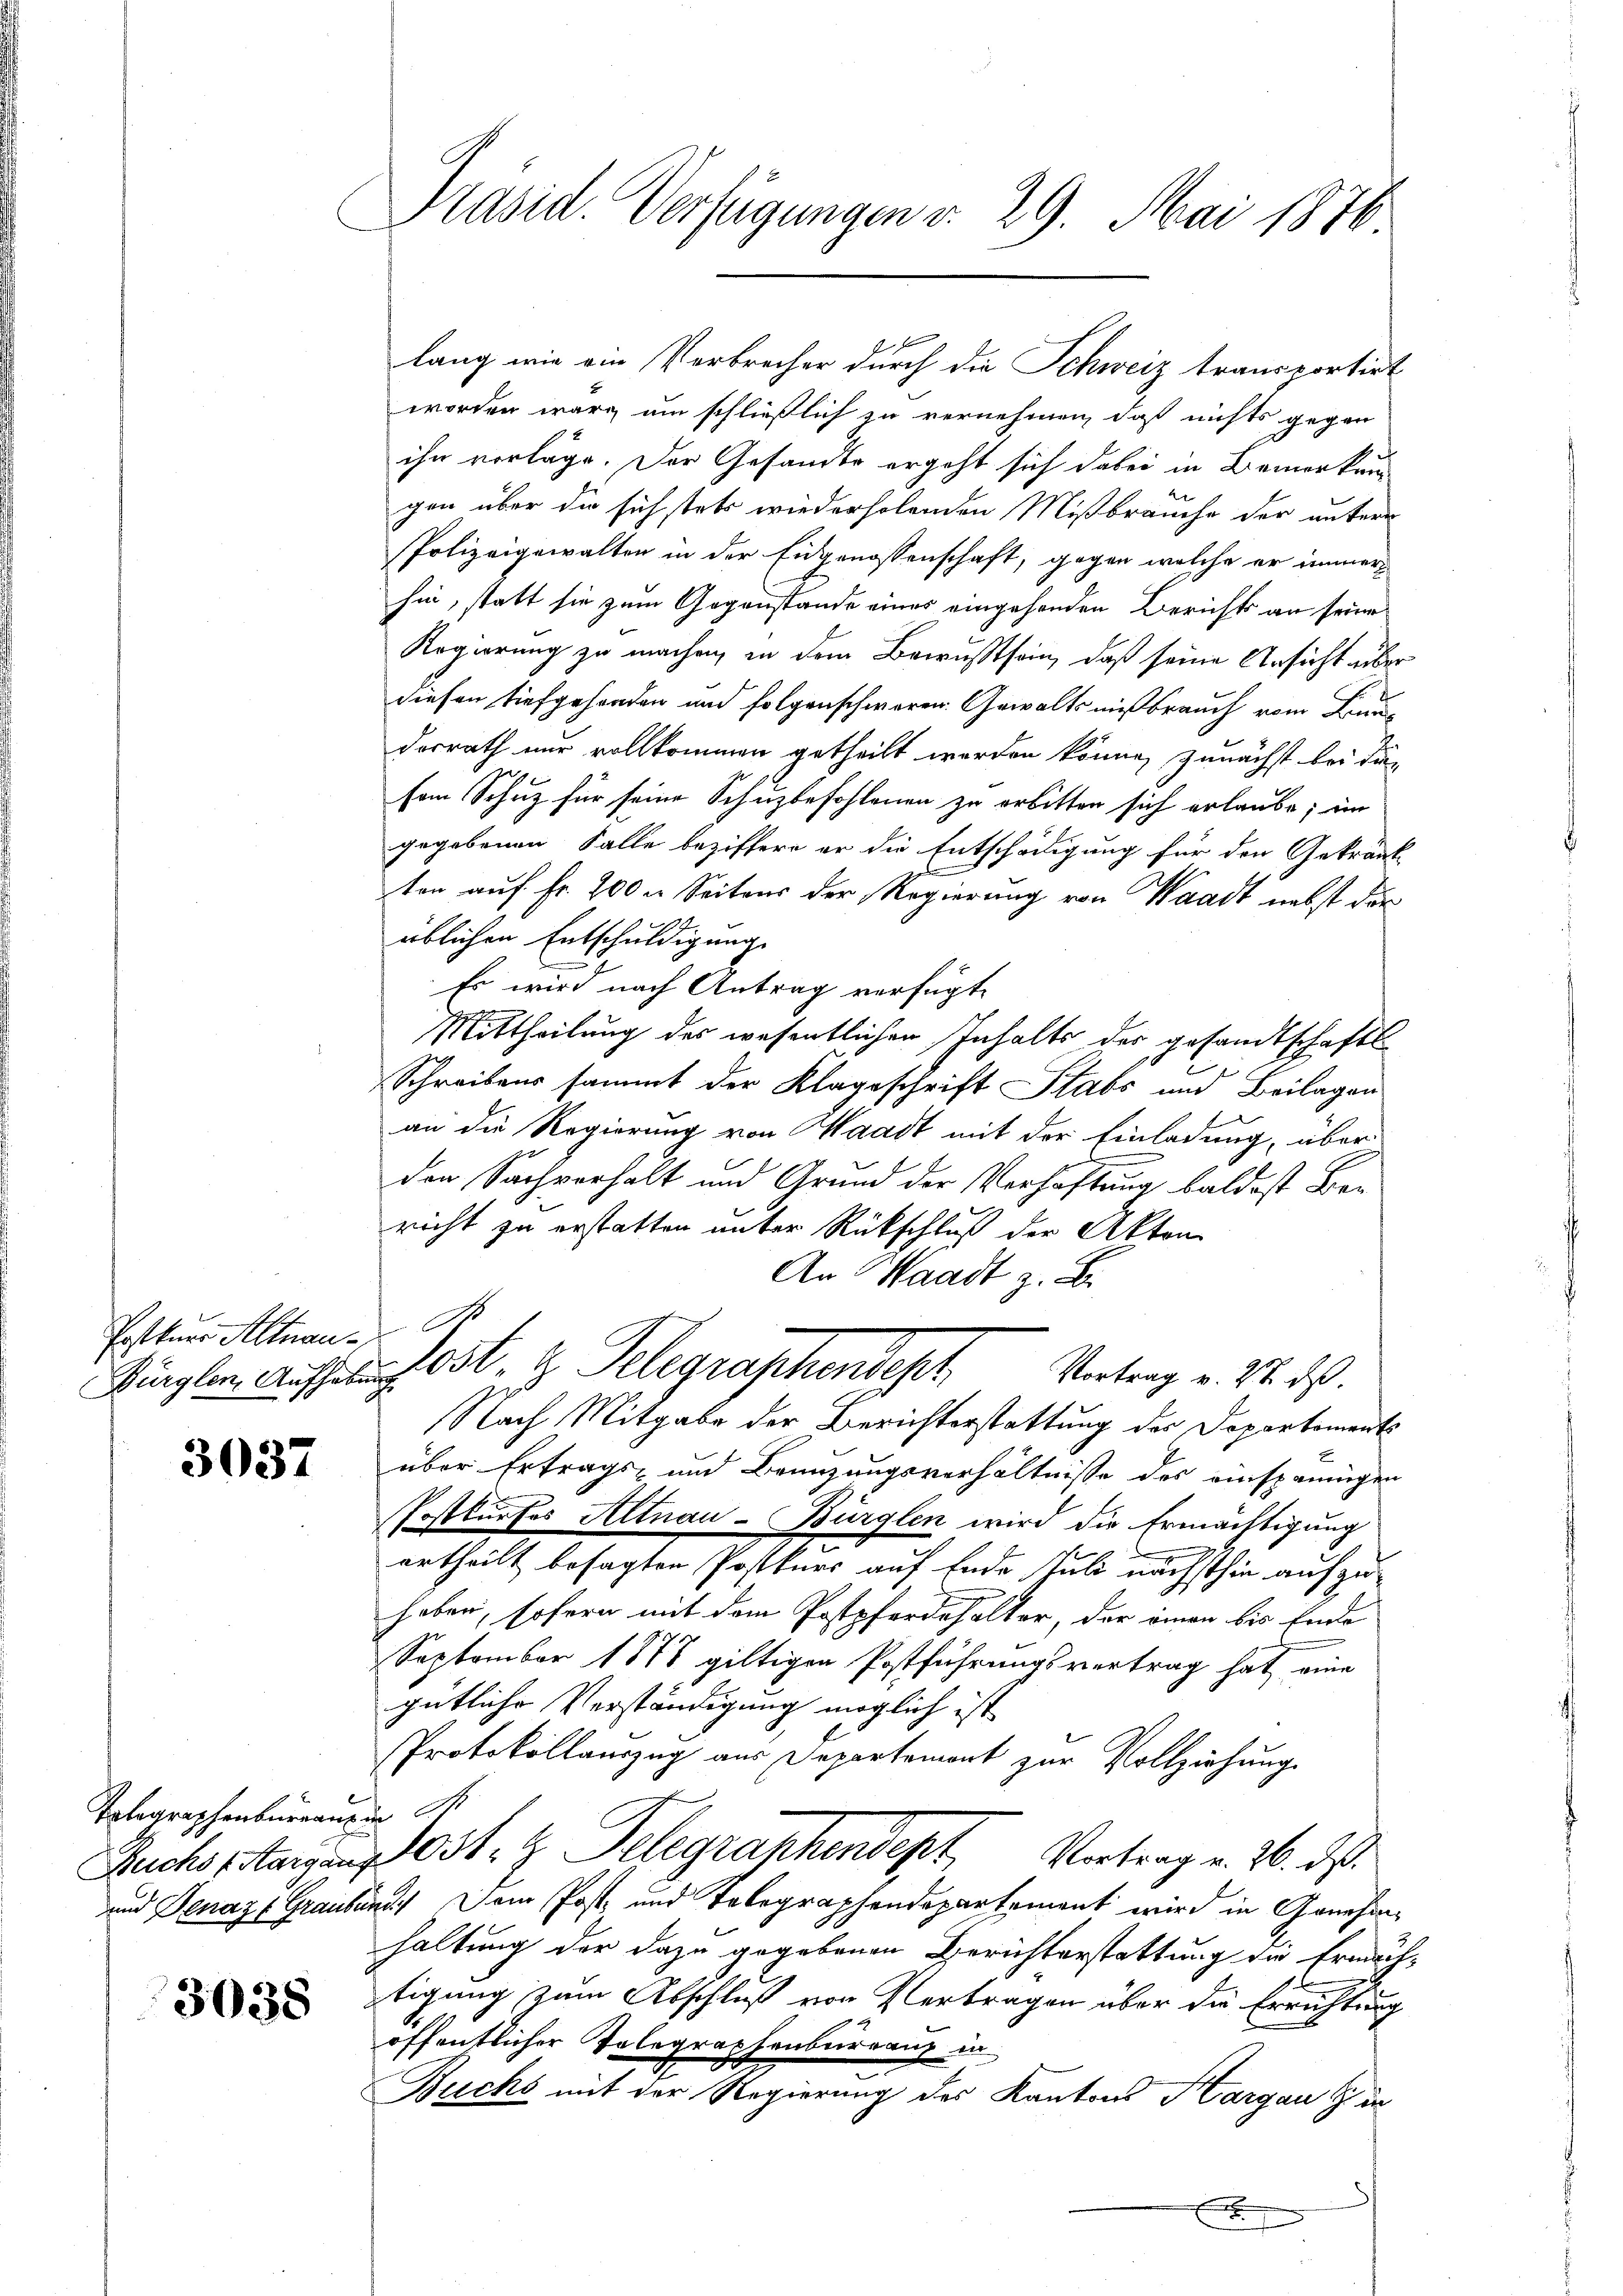
Ersteuer Altnau¬
Bürglen, Aufhabe

3037

Totographenburranz
Buchs (Aargaus
und Denaz Graube

3038

Präsid. Verfügungen v. 29. Mai 1876

lang wie ein Verbrecher durch die Schweiz transportirt
worden war um schließlich zu vernehmen, daß nichts gegen
ihn vorläge. Der Gesandte ergeht sich dabei in Bemerkaugen über die sich stets wiederholenden Mißbrauche der unterr
Polizeigewalten in der Eidgenossenschaft, gegen welche er immer
hin, statt sie zum Gegenstände eines eingehenden Berichts an seine
Regierung zu machen, in dem Bewusstsein, daß seine Ansicht über
diesen tiefgeforden und folgenschweren Gewalts mißbrauch vom Bundorrath nur vollkommen getheilt werden könne, zunächst bei di
sem Schuz für seine Schuzbefohlenen zu erbitten sich erlaube, im
gegebenen Falle beziffern er die Entschädigung für den Gekränk
ten auf Fr. 200 u. Seitens der Regierung von Waadt nebst der
üblichen Entschuldigung
Es wird nach Antrag verfügt,
Mittheilung des wesentlichen Inhalts der gesandtschaftl
Schreibens sammt der Klageschrift Stabs und Beilagen
an die Regierung von Waadt mit der Einladung, über
den Sachverhalt und Grund der Verhaftung baldest Bericht zu erstatten unter Rückschluß der Akten
An Waadt z. B.
J S
lest. z. Telegraphendesh
Vortrag v. 28. ds
Er
Nach Mitgabe der Berichterstattung der Departements
über Ertrags- und Brünzungsverhältnisse des einspännigen
Postkurses Altnau-Bürglen wird die Ermächtigung
ertheilt besagten Postkurs auf Ende Juli nächsthin aufzuhaben, sofern mit dem Postpferdehalter, der einen bis Ende
September 1878 giltigen Postführungsvertrag hat eine
gütliche Verständigung möglich ist
Protokollauszug aus Departement zur Vollziehung
 2
Post. z. Telegrankendept, Vertrag v. 26. ds.
E
ut Dem Post- und Telegraphendepartement wird in Genehme
haltung der dazu gegebenen Berichterstattung die Ermächtigung zum Abschluß von Vertragen über die Errichtung
öffentlicher Volegraphenburgang in
Buchs mit der Regierung des Kantons Hargau Zin

E